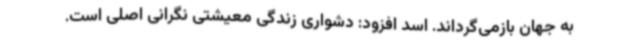
به جهان بازمی‌گرداند. اسد افزود: دشواری زندگی معیشتی نگرانی اصلی است.